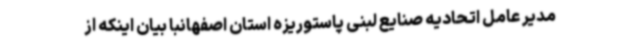
مدیر عامل اتحادیه صنایع لبنی پاستوریزه استان اصفهانبا بیان اینکه از